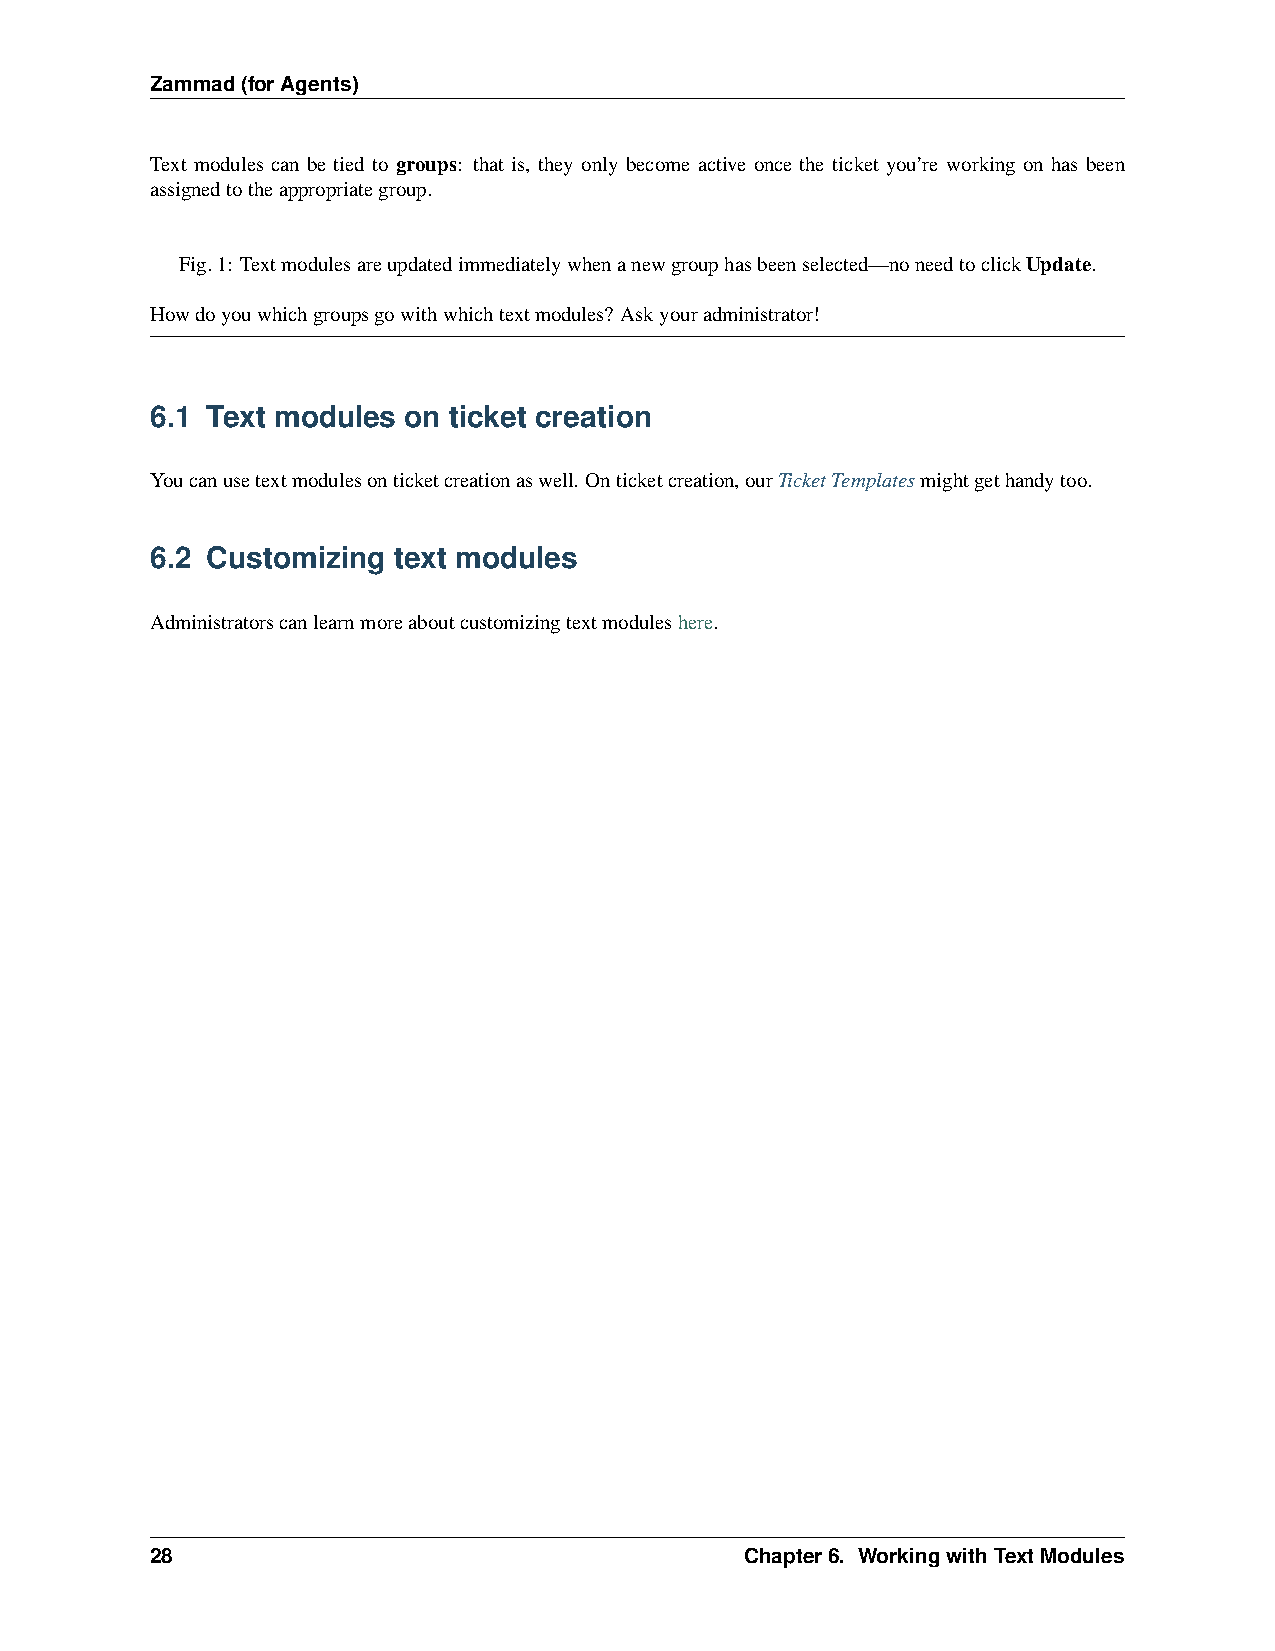
Zammad(forAgents)
 Text modules can be tied to groups: that is, they only become active once the ticket you’re working on has been
 assignedtotheappropriategroup.
 Fig.1: Textmodulesareupdatedimmediatelywhenanewgrouphasbeenselected—noneedtoclickUpdate.
 Howdoyouwhichgroupsgowithwhichtextmodules? Askyouradministrator!
 6.1 Text modules on ticket creation
 Youcanusetextmodulesonticketcreationaswell. Onticketcreation,ourTicketTemplatesmightgethandytoo.
 6.2 Customizing text modules
 Administratorscanlearnmoreaboutcustomizingtextmoduleshere.
 28                                     Chapter6. WorkingwithTextModules